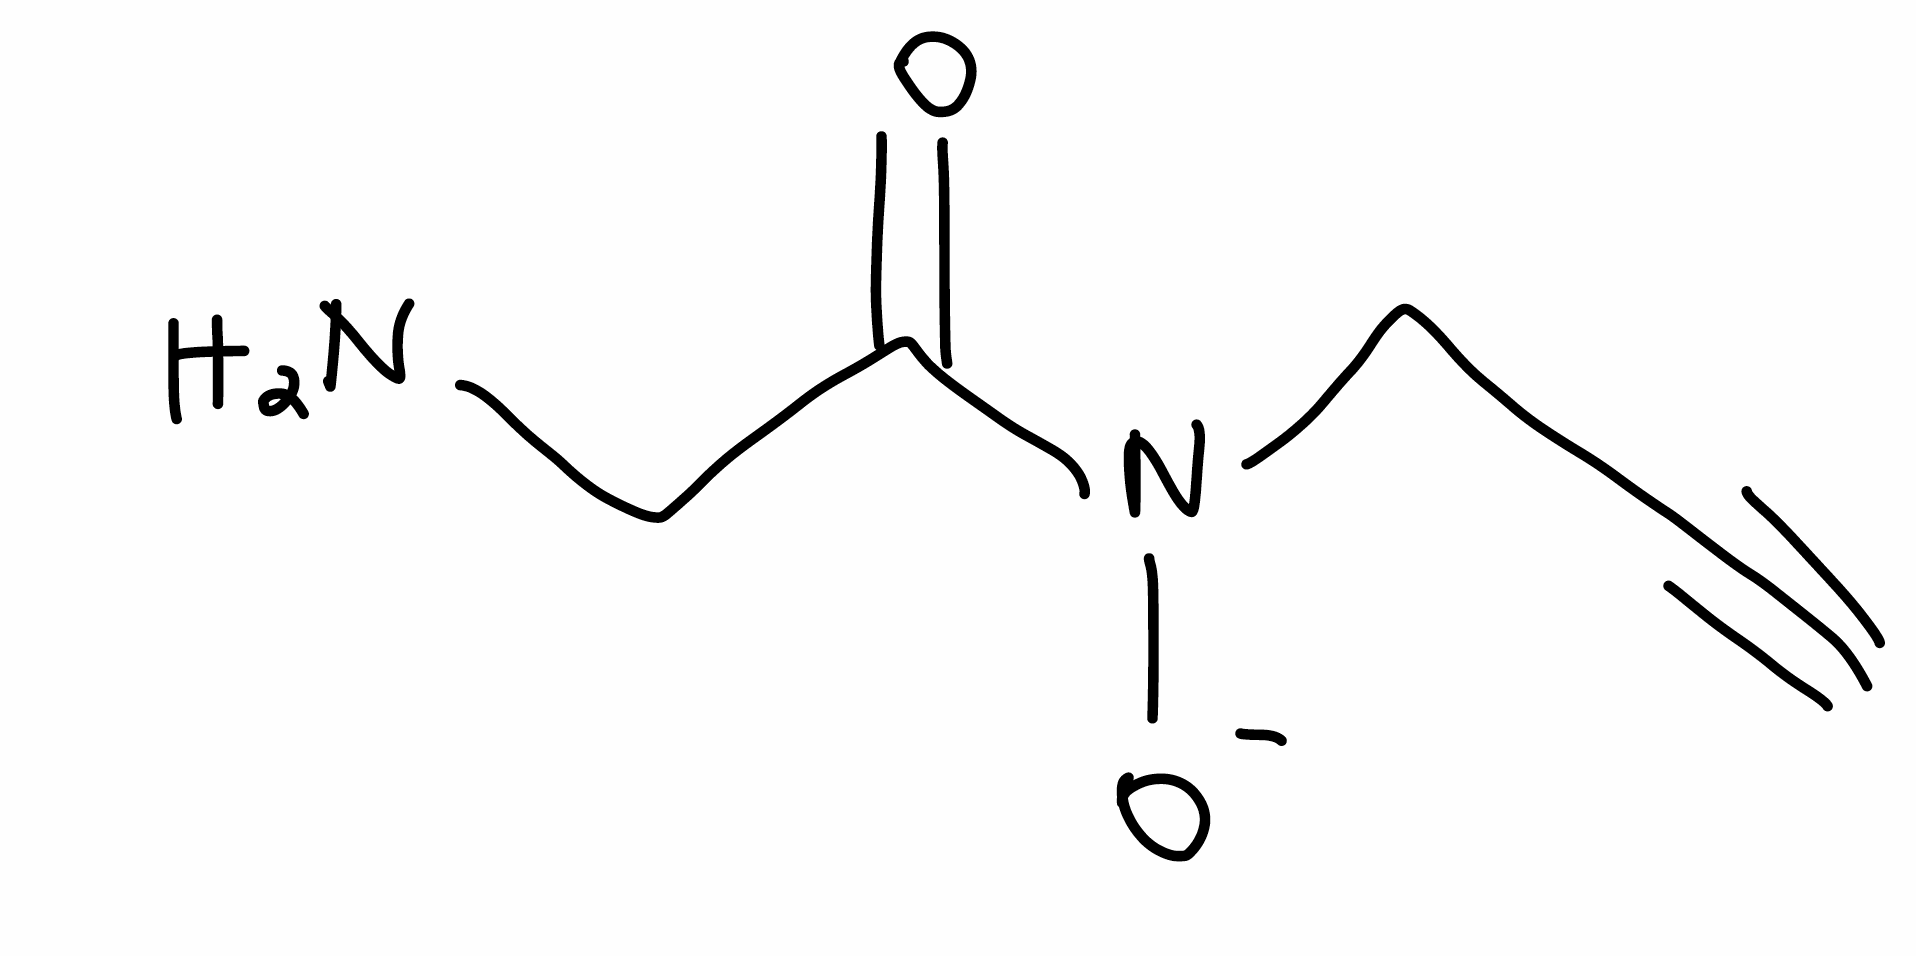
Simplified molecular-input line-entry system (SMILES) notation of the given molecule:
C#CCN(C(=O)CN)[O-]